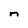
Character: n